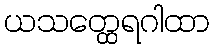
ယသတ္ထေရဂါထာ